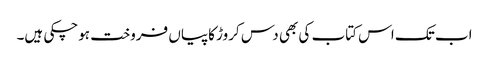
اب تک اس کتاب کی بھی دس کروڑ کاپیاں فروخت ہوچکی ہیں۔